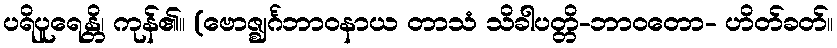
ပရိပူရေန္တိ၊ ကုန်၏။ (ဗောဇ္ဈင်္ဂဘာဝနာယ တာသံ သိခါပတ္တိ-ဘာဝတော- ဟိတ်ခတ်။